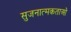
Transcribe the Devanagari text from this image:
सुजनात्मकताओं